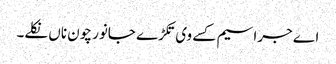
اے جراسیم کسے وی تکڑے جانور چون ناں نکلے۔